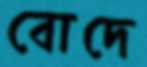
বোদে